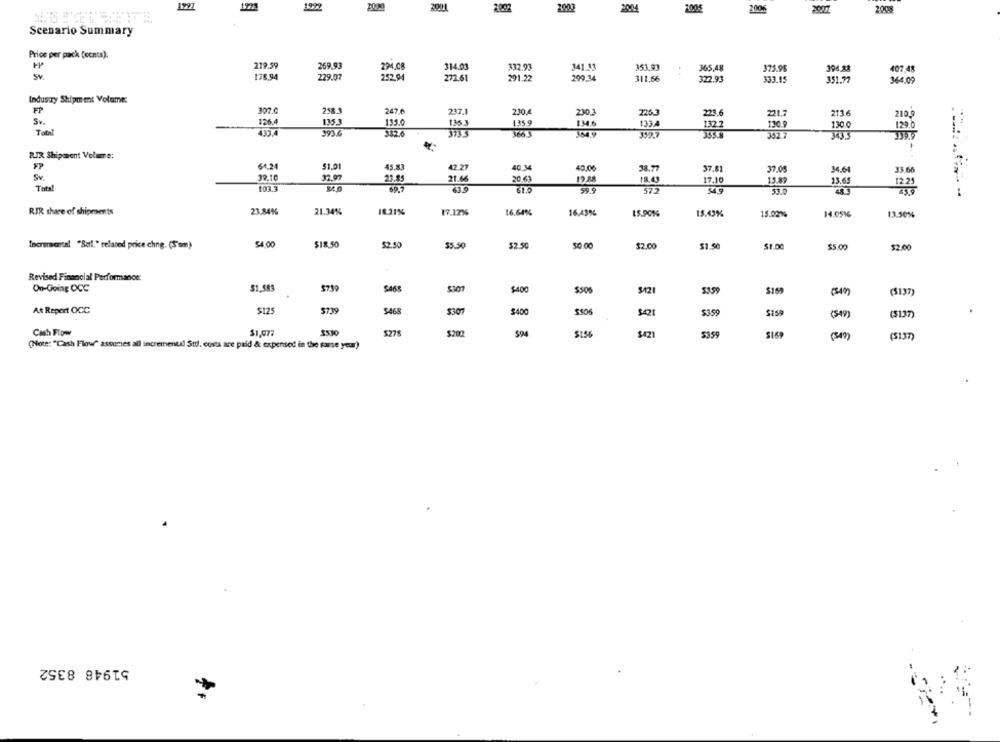
1997
2001
200
2004
100€
2006
200
Scenario Summary
Price per pack (cents):
219.59
269.93
294.08
314.03
$32.93
141 13
353,93
365,48
375.95
394.88
407.41
Sv
175.94
229.07
252.94
272.61
291.22
200 14
311,66
322.93
333.15
351.77
364.09
Induszy Shipment Volume:
397 6
258 1
247.6
237.1
230,4
2263
221.7
213.6
230
23,6
Sv.
126.4
135.3
135.0
135 3
135 9
134.6
133
130.9
130.0
129.0
Total
433.4
393 6
373 3
132.2
343.5
RIR Shipment Volume:
64.24
$1.01
45.83
42.27
40 M
40.06
38.77
37.81
37.05
34.6
33.68
Sv.
29.10
32.97
23.85
21.66
20.63
19.88
18.43
17,10
Total
15.87
15.63
103 3
69.
61.0
59.4
572
53.
RIR share of shipments
23.84%
21.34%
1821%
17.12%
16.64%
16,43%
15.901%
15.43%
15.02%
14.05%
13.50%
Incremental "Seti." related price chne. (S'sm)
54,00
$18.50
$2.50
$5.50
$2.50
$2.00
$1.50
$5 00
$2.00
Revised Financial Performance:
On-Going OCC
$719
$107
$400
$506
53.59
(5137)
As Report OCC
$125
$739
5468
$400
$405
$421
$1.59
$159
(3-49)
($137)
Cash Flow
5278
$202
$1.56
$42
$359
(137)
(Note: "Cash Flow" assumes all incremental Stil. costs are paid & expensed in the same your)
51948 8352